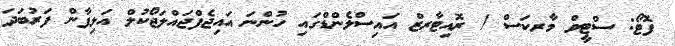
ފޮޓޯ: ސްޓީވް މާރކަސް / ރޮއިޓާރޒް އައިސްލެންޑްގައި ހުންނަ އައިޖެފްޖައްލަޖޯކުލް އަލިފާން ފަރުބަދަ